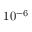
1 0 ^ { - 6 }